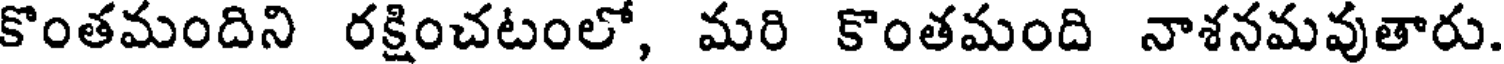
కొంతమందిని రక్షించటంలో, మరి కొంతమంది నాశనమవుతారు.